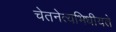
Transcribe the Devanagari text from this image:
चेतनेत्यभिधीयते